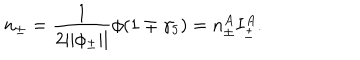
n _ { \pm } = \frac 1 { 2 | | \phi _ { \pm } | | } \phi ( 1 \mp \gamma _ { 5 } ) = n _ { \pm } ^ { A } I _ { \pm } ^ { A } .